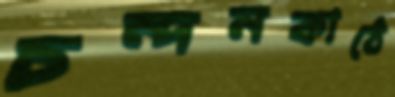
চন্দনকাঠে